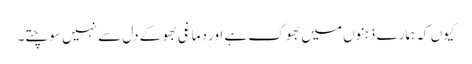
کیوں کہ ہمارے ذہنوں میں بھوک ہے اور دماغی بھوکے دل سے نہیں سوچتے۔